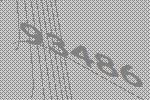
93486